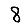
Digit: 8